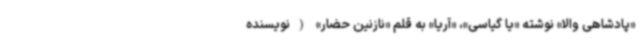
«پادشاهی والا» نوشته «یا گیاسی»، «آریا» به قلم «نازنین حضار» (نویسنده